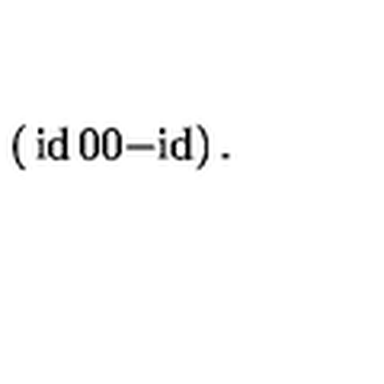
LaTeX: \left( \begin{matrix} { \mathrm { i d } } & { 0 } \\ { 0 } & { \mathrm { - i d } } \\ \end{matrix} \right) .